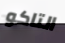
التاكو